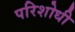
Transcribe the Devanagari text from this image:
परिशोधी